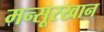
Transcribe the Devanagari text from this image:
मन्सूरखान